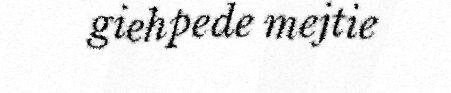
giehpede mejtie